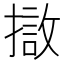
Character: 𭢖